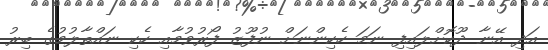
އަދި އޭނާ ދޫކޮށްލައިފި ނަމަ ހެކިންނަށް ނުފޫޒު ފޯރުވުމާއި ހެކި ނައްތާލުމުގެ ބިރު